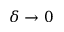
\delta \to 0